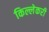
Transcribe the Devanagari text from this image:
किल्लेकरी